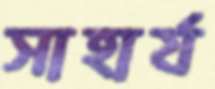
সাহার্য